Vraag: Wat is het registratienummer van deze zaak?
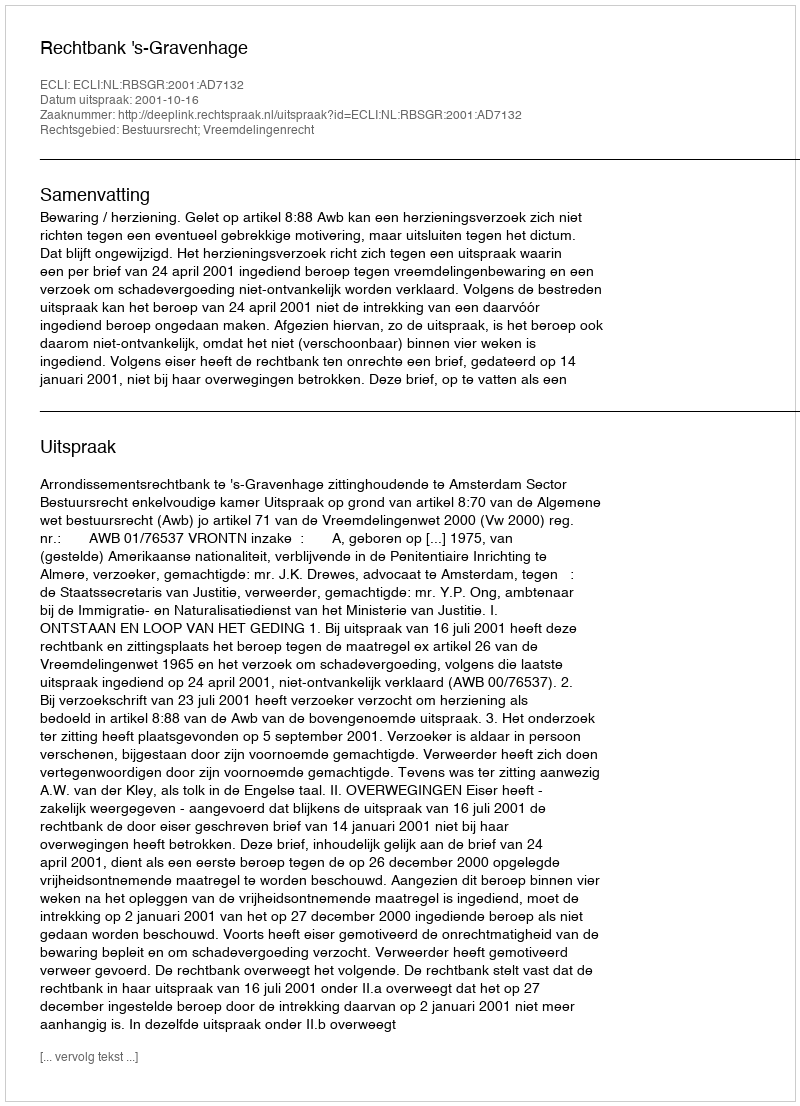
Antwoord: http://deeplink.rechtspraak.nl/uitspraak?id=ECLI:NL:RBSGR:2001:AD7132